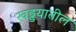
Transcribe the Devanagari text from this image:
खड्डयातील